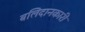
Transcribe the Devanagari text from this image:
बलिदानकारी